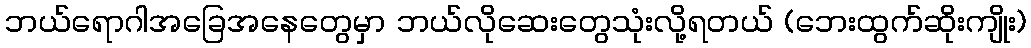
ဘယ်ရောဂါအခြေအနေတွေမှာ ဘယ်လိုဆေးတွေသုံးလို့ရတယ် (ဘေးထွက်ဆိုးကျိုး)